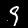
Digit: 9